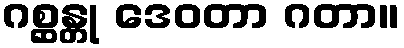
ဂစ္ဆန္တု ဒေဝတာ ဂတာ။